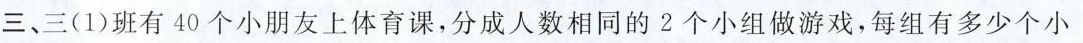
三、三(1)班有40个小朋友上体育课，分成人数相同的2个小组做游戏，每组有多少个小